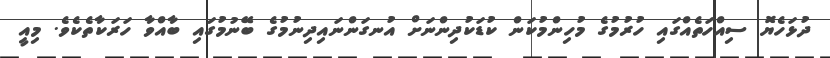
ދުޅަހެޔޮ ސިއްހަތެއްގައި ހުރުމުގެ މުހިންމުކަން ކުޑަކުދިންނަށް އުނގަންނައިދިނުމުގެ ބޭނުމުގައި ބާއްވާ ހަރަކާތެކެވެ. މިއީ